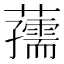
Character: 𧃨